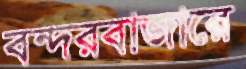
বন্দরবাজারে